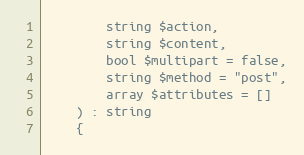
Language: PHP
        string $action,
        string $content,
        bool $multipart = false,
        string $method = "post",
        array $attributes = []
    ) : string
    {